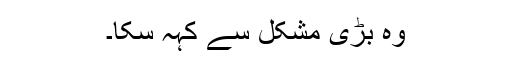
وہ بڑی مشکل سے کہہ سکا۔